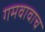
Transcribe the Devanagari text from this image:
गमवावाच